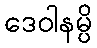
ဒေဝါနမ္ပိ